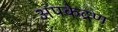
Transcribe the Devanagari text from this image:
अपकेद्रण